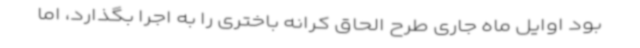
بود اوایل ماه جاری طرح الحاق کرانه باختری را به اجرا بگذارد، اما